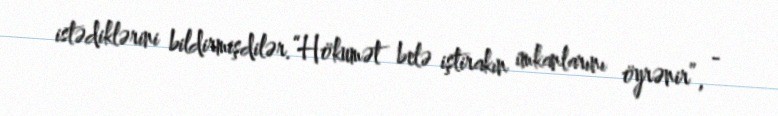
istədiklərini bildirmişdilər.“Hökumət belə iştirakın imkanlarını öyrənir”, -